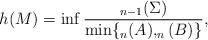
LaTeX: \begin{align*}h(M)=\inf \frac{_{n-1}(\Sigma)}{\min\{_n(A),_n(B)\} },\end{align*}